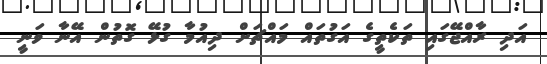
އަދި ރާއްޖޭގައި ތަކެތީގެ އަގުތައް މައްޗަށް ދިއުމާ ގުޅޭ ގޮތުން އޭނާ ވަނީ